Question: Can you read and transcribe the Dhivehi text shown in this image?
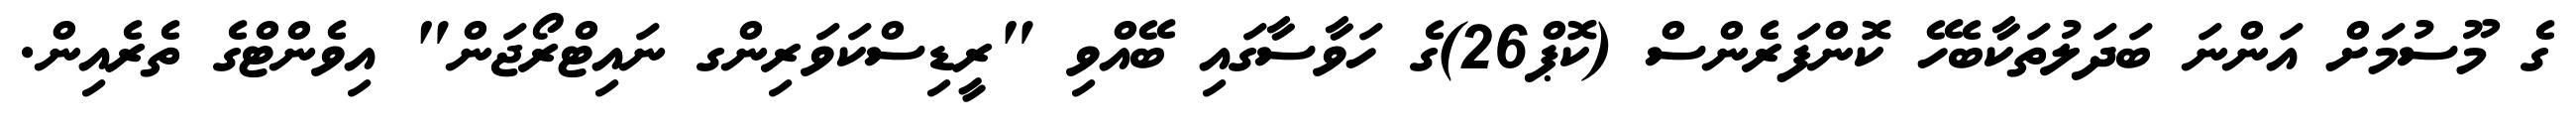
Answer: ގެ މޫސުމަށް އަންނަ ބަދަލުތަކާބެހޭ ކޮންފަރެންސް (ކޮޕް26)ގެ ހަވާސާގައި ބޭއްވި "ރީޑިސްކަވަރިންގ ނައިޓްރޯޖަން" އިވެންޓްގެ ތެރެއިން.